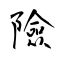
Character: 險